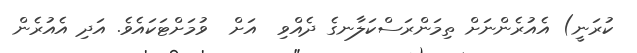
ކުރަނީ) އެއުރެންނަށް ތިމަންރަސްކަލާނގެ ދެއްވި  އަށް  ވުމަށްޓަކައެވެ. އަދި އެއުރެން